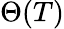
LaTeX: \Theta(T)